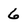
Character: 6